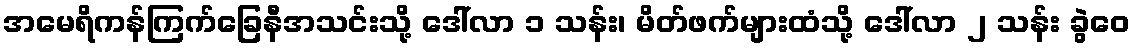
အမေရိကန်ကြက်ခြေနီအသင်းသို့ ဒေါ်လာ ၁ သန်း၊ မိတ်ဖက်များထံသို့ ဒေါ်လာ ၂ သန်း ခွဲဝေ